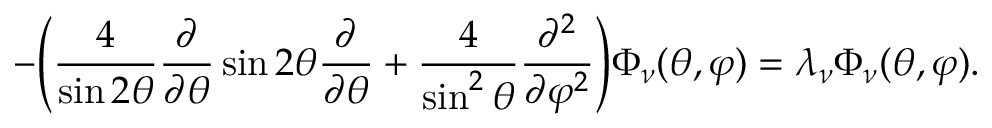
- \Bigg ( \frac { 4 } { \sin { 2 \theta } } \frac { \partial } { \partial \theta } \sin { 2 \theta } \frac { \partial } { \partial \theta } + \frac { 4 } { \sin ^ { 2 } { \theta } } \frac { \partial ^ { 2 } } { \partial \varphi ^ { 2 } } \Bigg ) \Phi _ { \nu } ( \theta , \varphi ) = \lambda _ { \nu } \Phi _ { \nu } ( \theta , \varphi ) .